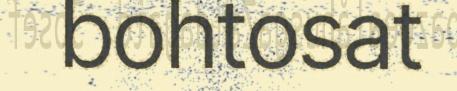
bohtosat